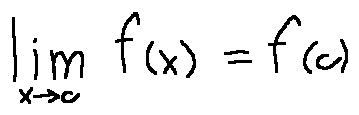
\lim \limits _ { x \rightarrow c } f ( x ) = f ( c )